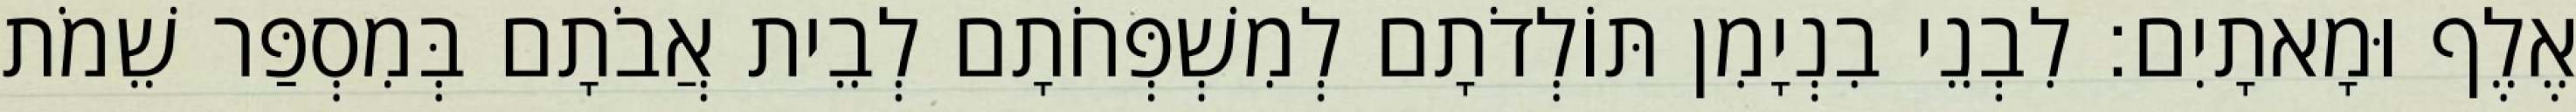
אֶלֶף וּמָאתָיִם׃ לִבְנֵי בִנְיָמִן תּוֹלְדֹתָם לְמִשְׁפְּחֹתָם לְבֵית אֲבֹתָם בְּמִסְפַּר שֵׁמֹת